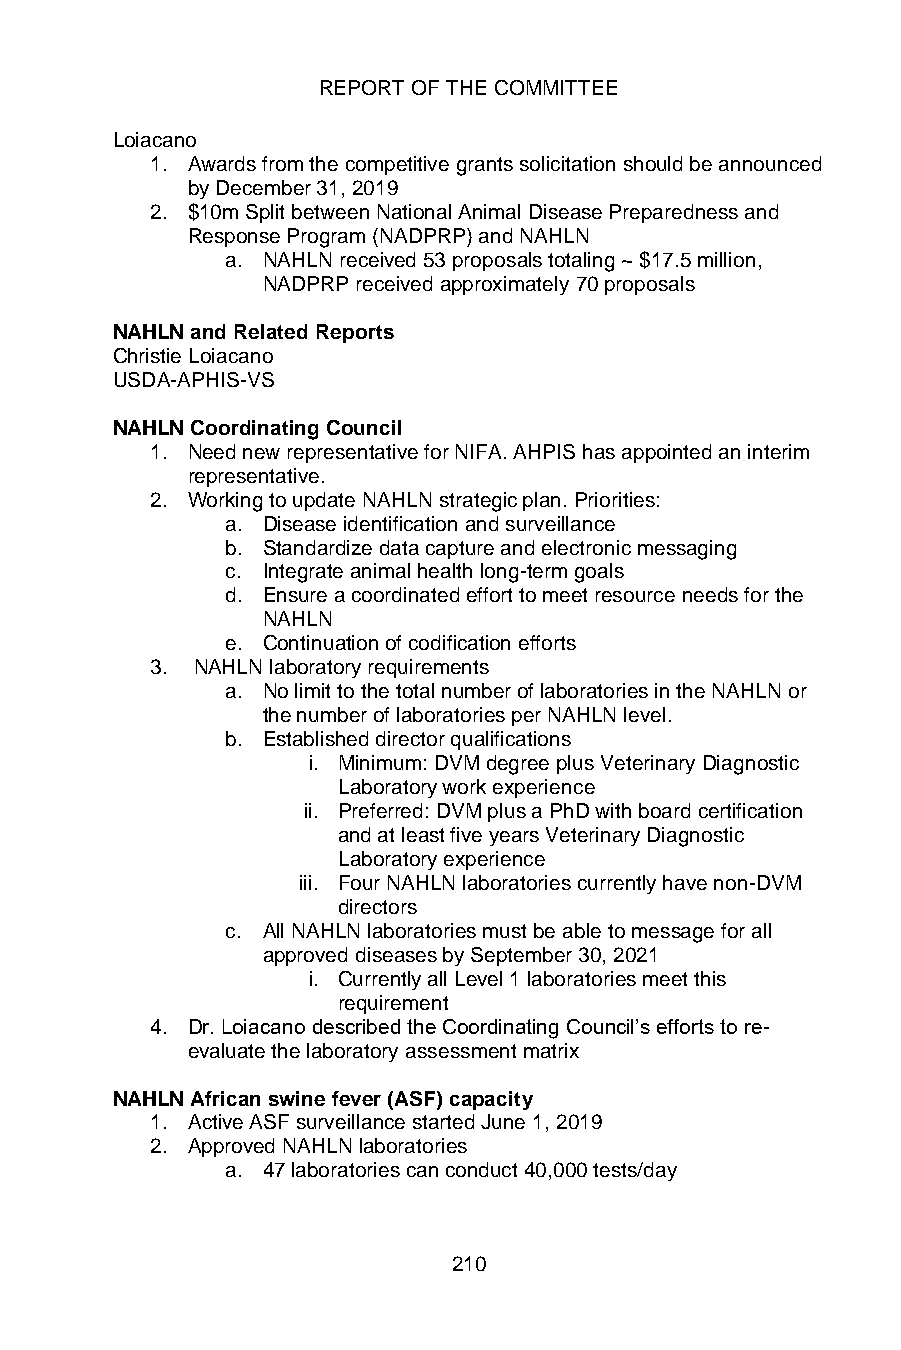
REPORT OF THE COMMITTEE
 Loiacano
 1. Awards from the competitive grants solicitation should be announced
 by December 31, 2019
 2. $10m Split between National Animal Disease Preparedness and
 Response Program (NADPRP) and NAHLN
 a. NAHLN received 53 proposals totaling ~ $17.5 million,
 NADPRP received approximately 70 proposals
 NAHLN and Related Reports
 Christie Loiacano
 USDA-APHIS-VS
 NAHLN Coordinating Council
 1. Need new representative for NIFA. AHPIS has appointed an interim
 representative.
 2. Working to update NAHLN strategic plan. Priorities:
 a. Disease identification and surveillance
 b. Standardize data capture and electronic messaging
 c. Integrate animal health long-term goals
 d. Ensure a coordinated effort to meet resource needs for the
 NAHLN
 e. Continuation of codification efforts
 3. NAHLN laboratory requirements
 a. No limit to the total number of laboratories in the NAHLN or
 the number of laboratories per NAHLN level.
 b. Established director qualifications
 i. Minimum: DVM degree plus Veterinary Diagnostic
 Laboratory work experience
 ii. Preferred: DVM plus a PhD with board certification
 and at least five years Veterinary Diagnostic
 Laboratory experience
 iii. Four NAHLN laboratories currently have non-DVM
 directors
 c. All NAHLN laboratories must be able to message for all
 approved diseases by September 30, 2021
 i. Currently all Level 1 laboratories meet this
 requirement
 4. Dr. Loiacano described the Coordinating Council’s efforts to re-
 evaluate the laboratory assessment matrix
 NAHLN African swine fever (ASF) capacity
 1. Active ASF surveillance started June 1, 2019
 2. Approved NAHLN laboratories
 a. 47 laboratories can conduct 40,000 tests/day
 210